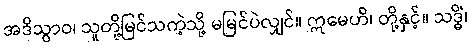
အဒိသွာဝ၊ သူတို့မြင်သကဲ့သို့ မမြင်ပဲလျှင်။ ဣမေဟိ၊ တို့နှင့်။ သဒ္ဓိံ၊